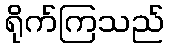
ရိုက်ကြသည်